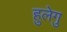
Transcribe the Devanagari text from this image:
हुलेगु